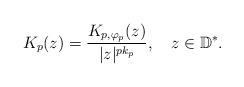
LaTeX: \begin{align*}K_p(z)=\frac{K_{p,\varphi_p}(z)}{|z|^{pk_p}},\ \ \ z\in\mathbb{D}^\ast.\end{align*}